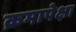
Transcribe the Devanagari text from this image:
क्रमापेक्षा